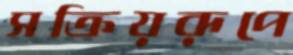
সক্রিয়রূপে